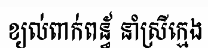
ខ្យល់ពាក់ពន្ធ័ នាំស្រីក្មេង